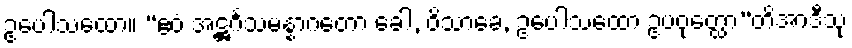
ဥပေါသထော။ “ဧဝံ အဋ္ဌင်္ဂသမန္နာဂတော ခေါ, ဝိသာခေ, ဥပေါသထော ဥပဝုတ္ထော”တိအာဒီသု